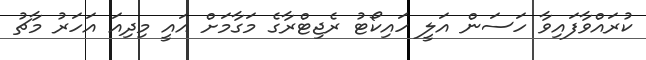
ކުރައްވާފައިވާ ހަސަން އަލީ ހައިކޯޓު ރެޖިޓްރާގެ މަގާމަށް އައީ މިދިއަ އަހަރު މާޗު